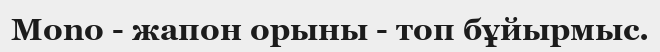
Mono - жапон орыны - топ бұйырмыс.